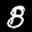
Label: 8